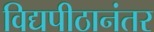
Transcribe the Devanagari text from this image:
विद्यपीठानंतर